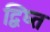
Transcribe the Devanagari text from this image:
द्विघ्त